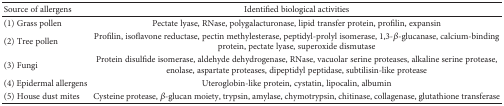
| Source of allergens | Identified biological activities |
 | --- | --- |
 | (1) Grass pollen | Pectate lyase, RNase, polygalacturonase, lipid transfer protein, profilin, expansin |
 | (2) Tree pollen | Profilin, isoflavone reductase, pectin methylesterase, peptidyl-prolyl isomerase, 1,3-β-glucanase, calcium-binding protein, pectate lyase, superoxide dismutase |
 | (3) Fungi | Protein disulfide isomerase, aldehyde dehydrogenase, RNase, vacuolar serine proteases, alkaline serine protease, enolase, aspartate proteases, dipeptidyl peptidase, subtilisin-like protease |
 | (4) Epidermal allergens | Uteroglobin-like protein, cystatin, lipocalin, albumin |
 | (5) House dust mites | Cysteine protease, β-glucan moiety, trypsin, amylase, chymotrypsin, chitinase, collagenase, glutathione transferase |